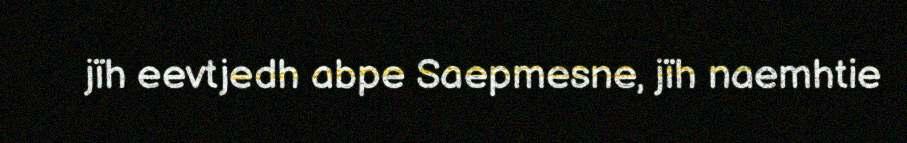
jïh eevtjedh abpe Saepmesne, jïh naemhtie